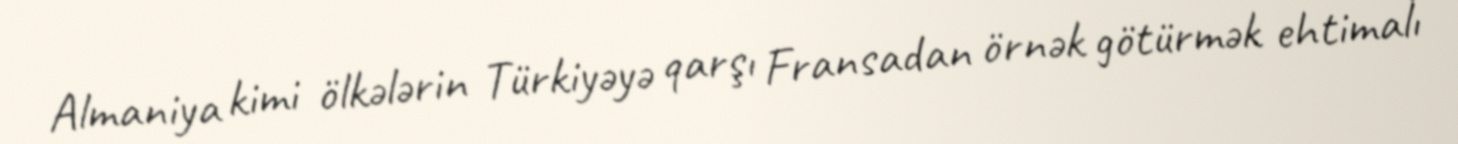
Almaniya kimi ölkələrin Türkiyəyə qarşı Fransadan örnək götürmək ehtimalı